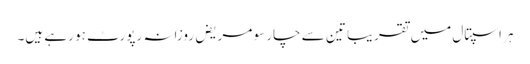
ہر اسپتال میں تقریبا تین سے چار سو مریض روزانہ رپورٹ ہو رہے ہیں۔